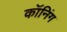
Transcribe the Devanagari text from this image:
कॉनिंग